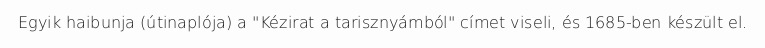
Egyik haibunja (útinaplója) a "Kézirat a tarisznyámból" címet viseli, és 1685-ben készült el.